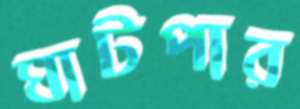
ঘাটপার